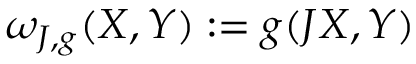
\omega _ { J , g } ( X , Y ) : = g ( J X , Y )